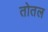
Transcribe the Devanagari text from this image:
तोतल